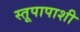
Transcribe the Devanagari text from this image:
स्तूपापाशी